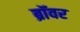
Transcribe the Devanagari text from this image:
ब्रॉवर